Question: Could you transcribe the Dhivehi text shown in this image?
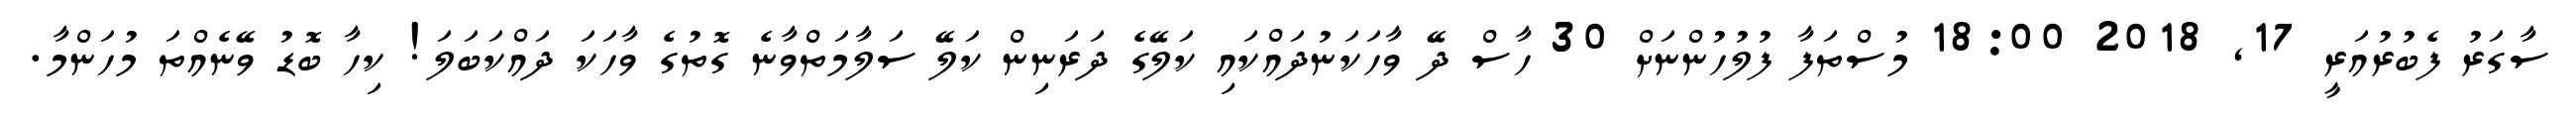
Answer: ސާގަރު ފެބުރުއަރީ 17, 2018 18:00 މުސްތަފާ ފުލުހުންނަށް 30 ހާސް ދޭ ވާހަކަނުދައްކައި ކަލޭގެ ދަރަނިން ކަލޭ ސަލާމަތްވާނެ ގޮތުގެ ވާހަކަ ދައްކަބަލަ! ކިހާ ބޮޑު ވޭނެއްތަ މުހަންމާ.